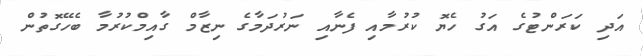
އަދި ކަރަންޓުގެ އަގު ހެޔޮ ކުރުމާއި ފެނާއި ނަރުދަމާގެ ނިޒާމް ގާއިމްކުރުމާ ބެހޭގޮތުން